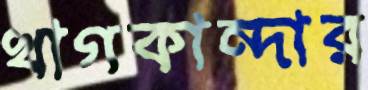
খাগকান্দার